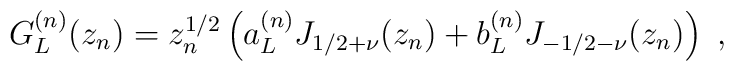
G_L^{(n)}(z_n) = z_n^{1/2} \left( a^{(n)}_L J_{1/2 + \nu} (z_n) +b^{(n)}_L  J_{-1/2 - \nu} (z_n)\right)~,